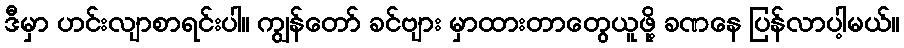
ဒီမှာ ဟင်းလျာစာရင်းပါ။ ကျွန်တော် ခင်ဗျား မှာထားတာတွေယူဖို့ ခဏနေ ပြန်လာပါ့မယ်။